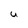
Character: U